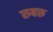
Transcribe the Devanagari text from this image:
रुबरू